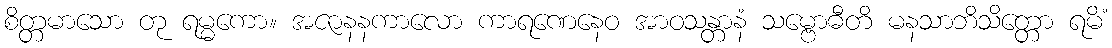
စိတ္တမာသော တု ရမ္မကော။ အဇာနနကာလော ကာရဏေနေဝ အာဝသန္တာနံ သမ္ဗောဓီတိ မနသာဘိသိတ္တော ရမိံ